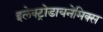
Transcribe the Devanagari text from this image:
इलेक्ट्रोडायनेमिक्स